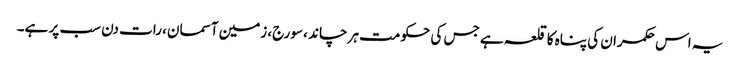
یہ اس حکمران کی پناہ کا قلعہ ہے جس کی حکومت ہر چاند ، سورج، زمین آسمان، رات دن سب پر ہے۔